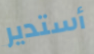
أستدير